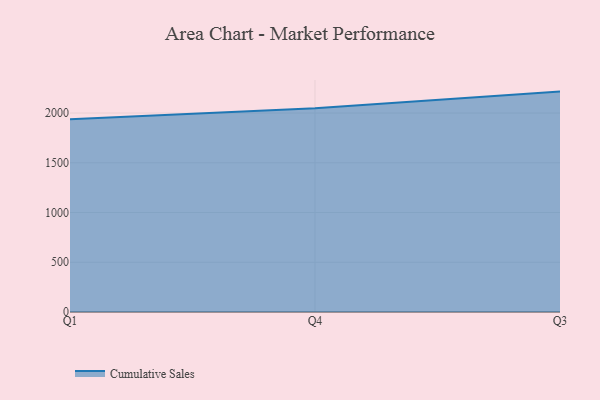
{"axis": {"x": "Quarter", "y": "Operating Costs (USD K)"}, "legend": ["Cumulative Sales"], "data": [{"x": "Q1", "y": 1937.7, "type": "Cumulative Sales"}, {"x": "Q4", "y": 2048.9, "type": "Cumulative Sales"}, {"x": "Q3", "y": 2215.5, "type": "Cumulative Sales"}]}